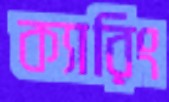
ক্যারিং